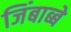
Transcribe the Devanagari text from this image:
जिंबाब्बे